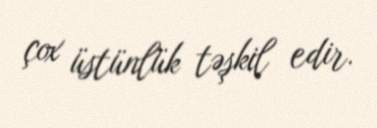
çox üstünlük təşkil edir.